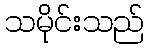
သမိုင်းသည်